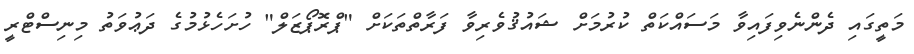
މަތީގައި ދެންނެވިފައިވާ މަސައްކަތް ކުރުމަށް ޝައުޤުވެރިވާ ފަރާތްތަކަށް "ޕްރޮޕޯޒަލް" ހުށަހެޅުމުގެ ދަޢުވަތު މިނިސްޓްރީ